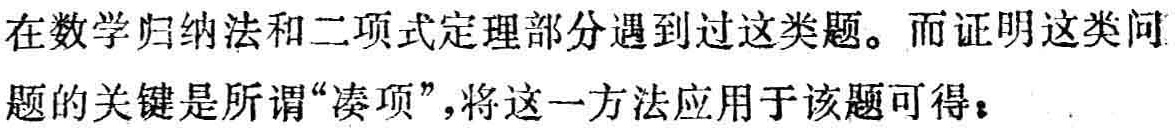
在数学归纳法和二项式定理部分遇到过这类题。而证明这类问题的关键是所谓“凑项”，将这一方法应用于该题可得：